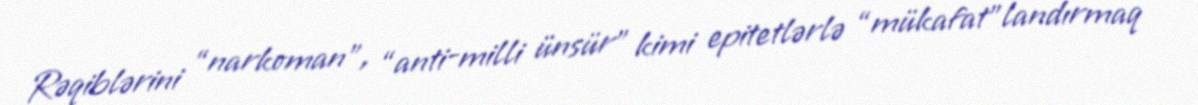
Rəqiblərini “narkoman”, “anti-milli ünsür” kimi epitetlərlə “mükafat”landırmaq